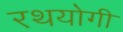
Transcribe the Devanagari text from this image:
रथयोगी